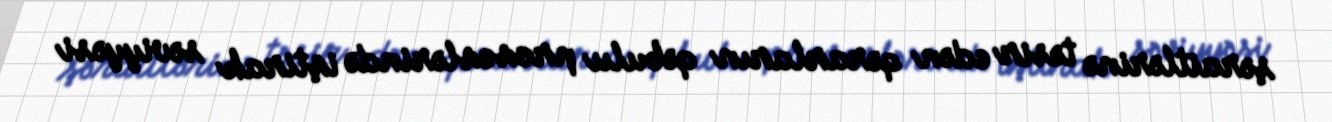
şəraitlərinə təsir edən qərarların qəbulu proseslərində iştirak səviyyəsi